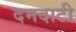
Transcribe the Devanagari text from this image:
दमदाटी